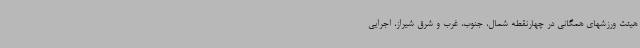
هیئت ورزشهای همگانی در چهارنقطه شمال، جنوب، غرب و شرق شیراز، اجرایی